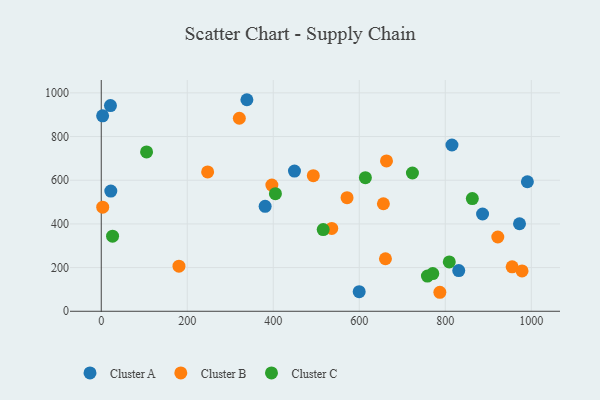
{"axis": {"x": "Distance", "y": "Profit"}, "legend": ["Cluster A", "Cluster B", "Cluster C"], "data": [{"x": "990.9", "y": 593.0, "type": "Cluster A"}, {"x": "815.5", "y": 761.2, "type": "Cluster A"}, {"x": "449.3", "y": 641.7, "type": "Cluster A"}, {"x": "972.6", "y": 400.8, "type": "Cluster A"}, {"x": "21.4", "y": 941.8, "type": "Cluster A"}, {"x": "3.2", "y": 894.9, "type": "Cluster A"}, {"x": "22.2", "y": 550.5, "type": "Cluster A"}, {"x": "381.1", "y": 480.7, "type": "Cluster A"}, {"x": "831.3", "y": 186.4, "type": "Cluster A"}, {"x": "338.7", "y": 968.6, "type": "Cluster A"}, {"x": "886.7", "y": 445.3, "type": "Cluster A"}, {"x": "599.8", "y": 89.8, "type": "Cluster A"}, {"x": "571.6", "y": 520.0, "type": "Cluster B"}, {"x": "955.5", "y": 203.6, "type": "Cluster B"}, {"x": "180.7", "y": 206.5, "type": "Cluster B"}, {"x": "536.0", "y": 379.3, "type": "Cluster B"}, {"x": "663.3", "y": 688.4, "type": "Cluster B"}, {"x": "978.5", "y": 184.6, "type": "Cluster B"}, {"x": "493.1", "y": 620.9, "type": "Cluster B"}, {"x": "396.7", "y": 577.9, "type": "Cluster B"}, {"x": "660.9", "y": 240.4, "type": "Cluster B"}, {"x": "3.4", "y": 476.5, "type": "Cluster B"}, {"x": "247.4", "y": 638.1, "type": "Cluster B"}, {"x": "656.1", "y": 492.4, "type": "Cluster B"}, {"x": "321.1", "y": 883.8, "type": "Cluster B"}, {"x": "787.4", "y": 87.0, "type": "Cluster B"}, {"x": "922.1", "y": 340.1, "type": "Cluster B"}, {"x": "26.3", "y": 343.9, "type": "Cluster C"}, {"x": "614.2", "y": 611.6, "type": "Cluster C"}, {"x": "105.4", "y": 729.7, "type": "Cluster C"}, {"x": "405.0", "y": 538.6, "type": "Cluster C"}, {"x": "862.9", "y": 515.8, "type": "Cluster C"}, {"x": "723.6", "y": 633.1, "type": "Cluster C"}, {"x": "516.1", "y": 373.9, "type": "Cluster C"}, {"x": "809.3", "y": 225.9, "type": "Cluster C"}, {"x": "758.5", "y": 161.1, "type": "Cluster C"}, {"x": "770.9", "y": 172.5, "type": "Cluster C"}]}